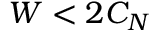
W < 2 C _ { N }